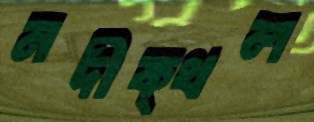
নদীক্থল